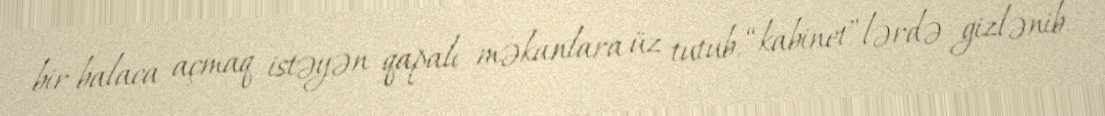
bir balaca açmaq istəyən qapalı məkanlara üz tutub, “kabinet”lərdə gizlənib.